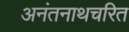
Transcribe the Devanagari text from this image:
अनंतनाथचरित